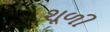
શૂળી